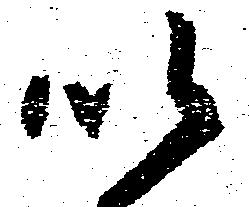
以